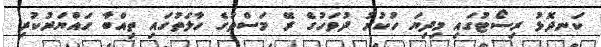
ކަނދޮޅު ރިސޯޓުގައި މިދިޔަ ހުކުރު ދުވަހުގެ ރޭ މަސްތުގެ ހާލަތުގައި ތިއްބާ ހައްޔަރުކުރި